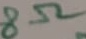
Text: 8Ω